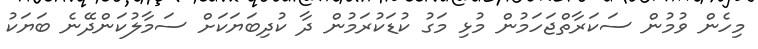
މިހެން ވުމުން ސަކަރާތްޖަހަމުން މުޅި މަގު ކުޑަކުރަމުން ދާ ކުދިބަޔަކަށް ސަމާލުކަންދޭނެ ބަޔަކު